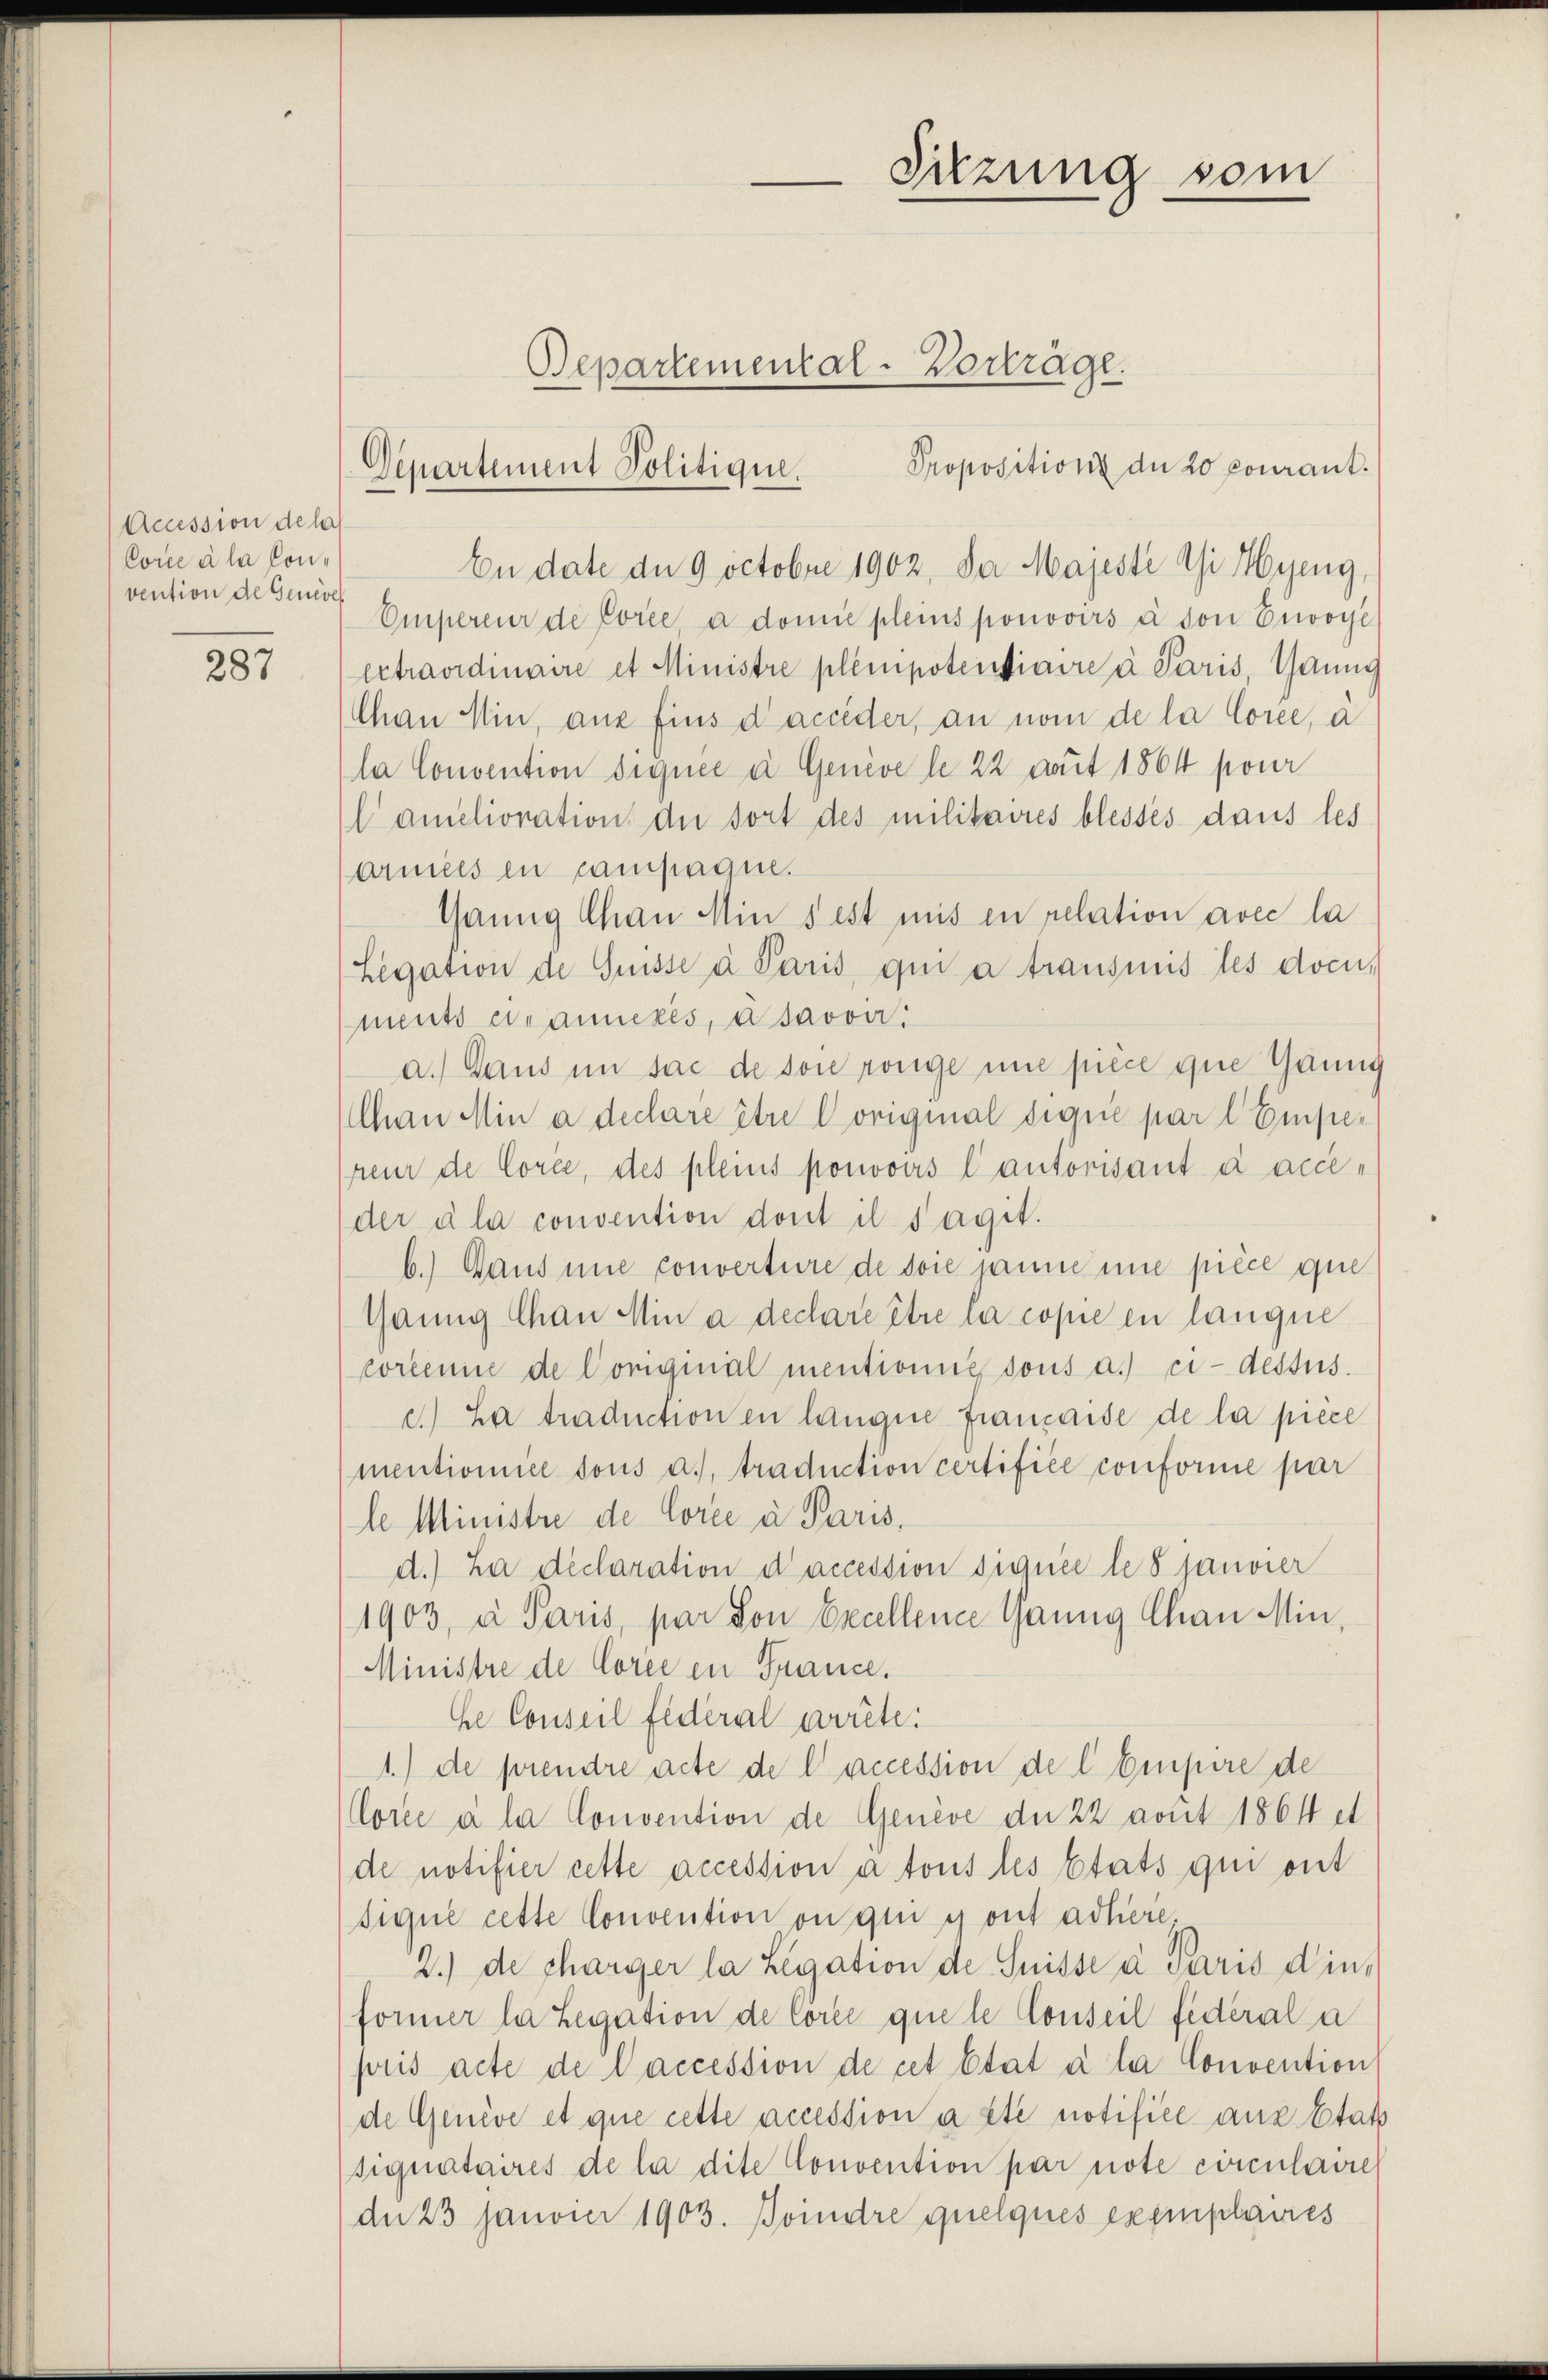
Accession de la
Corce à la Convention de Geneve

287

Departement Politique.

Departemental-Verträge.

Sitzung vom

En date de 9 octobre 1902, Da Majeste Chi Hyeng,
Empereur de Corée, à domie pleins ponovirs à von Eiwoge
extraordinaire et Ministre plempotentiaire a Paris, Gaung
Chan Min, aus fins Daccider, an nom de la Corce, à
la Convention diquée a Genève le 22 mit 1864 pour
famelioration die dort des militaires blessés dans les
armels in campagne.
Ganng Chan Min s est mit in relation avec la
Legation de Guisse a Paris, qui a transmis les documents etwannexés, à savoir
a.) Dans im sac de soie rönge une pièce que Tanng
Chan Mina declare être original diqué par l. Empe-
reur de Corce, des pleins pouvoirs Cantorisant à acceder a la convention dont il s’agit.
b.) Dans une converture de soie janne une pièce que
Ganng Chan Min à declare être la copie en langne
corienie de Coriginal mentionie sous a. ci-dessus.
c. La traduction en lange franzaise de la pièce
mentionice sous a., traduction certifiée conforme par
le Ministre de Corce a Paris,
d. La déclaration d’accession siquée le 8 janvier
1903, a Paris, par von Excellence Canng Chan Min
Ministre de Corce in France.
he Conseil fédéral arrête.
1.) de prendre acte de l’accession de l. Empire de
Corce à la Convention de Genève der 22 avut 1864 et
de notifier cette accession à tous les Etats qui ont
sique cette Convention ou qui y ont adliere,
2.) de charger la Legation de Suisse a Paris dinformer la Legation de Corce quete Conseil fédéral a
pris acte de laccession de cet état à la Convention
de Genève et que cette accession a été notifice aus Etats
siquataires de la dite Convention par note circulaire
dn 23 Janvier 1903. Boindre quelques exemplacies

Propositions de 20 pourant.